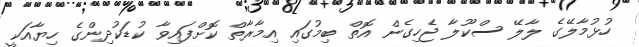
ހުޅުމާލޭގެ ލާލޭ ސްކޫލާ ޖެހިގެން އޮތް ބިމުގައި އިމާރާތް ކޮށްފައިވާ ކުޑަކުދިންގެ ހިޔާއަކީ